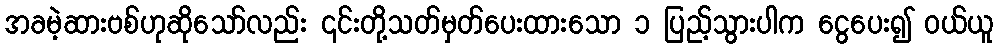
အခမဲ့ဆားဗစ်ဟုဆိုသော်လည်း ၎င်းတို့သတ်မှတ်ပေးထားသော ၁ ပြည့်သွားပါက ငွေပေး၍ ဝယ်ယူ